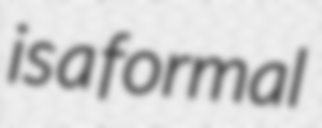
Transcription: is a formal